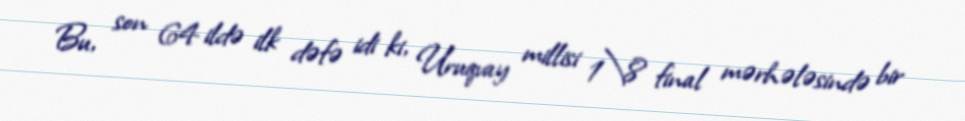
Bu, son 64 ildə ilk dəfə idi ki, Uruqvay millisi 1\8 final mərhələsində bir